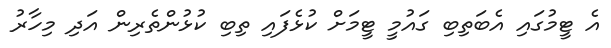
އެ ޓީމުގައި އެބަތިބި ގައުމީ ޓީމަށް ކުޅެފައި ތިބި ކުޅުންތެރިން އަދި މިހާރު